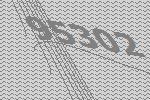
95302